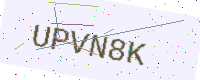
Text: UPVN8K